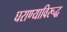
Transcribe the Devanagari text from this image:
घराण्याविरूद्ध